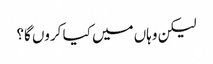
لیکن وہاں میں کیا کروں گا؟